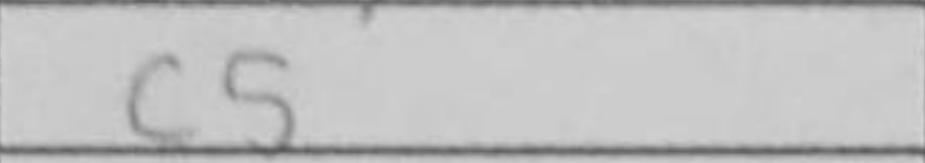
Transcription: c5